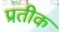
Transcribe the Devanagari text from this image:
प्रतीक